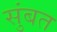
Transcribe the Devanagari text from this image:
सुंबत